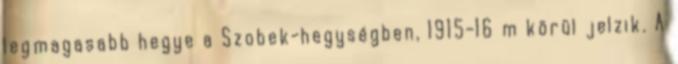
legmagasabb hegye a Szobek-hegységben, 1915-16 m körül jelzik. A